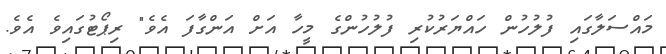
މައްސަލާގައި ފުލުހުން ހައްޔަރުކުރި ފުލުހުންގެ މީހާ އަށް އަންގާފަ އެވެ" ރިޕޯޓުގައިވެ އެވެ.